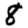
Digit: 8